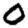
Digit: 0